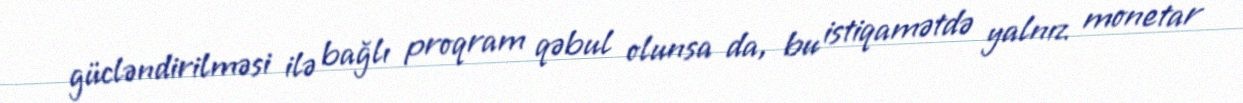
gücləndirilməsi ilə bağlı proqram qəbul olunsa da, bu istiqamətdə yalnız monetar